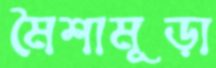
মৈশামূড়া